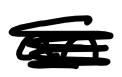
Text: an
Cross-out: scratch
Writing tool: digital_black